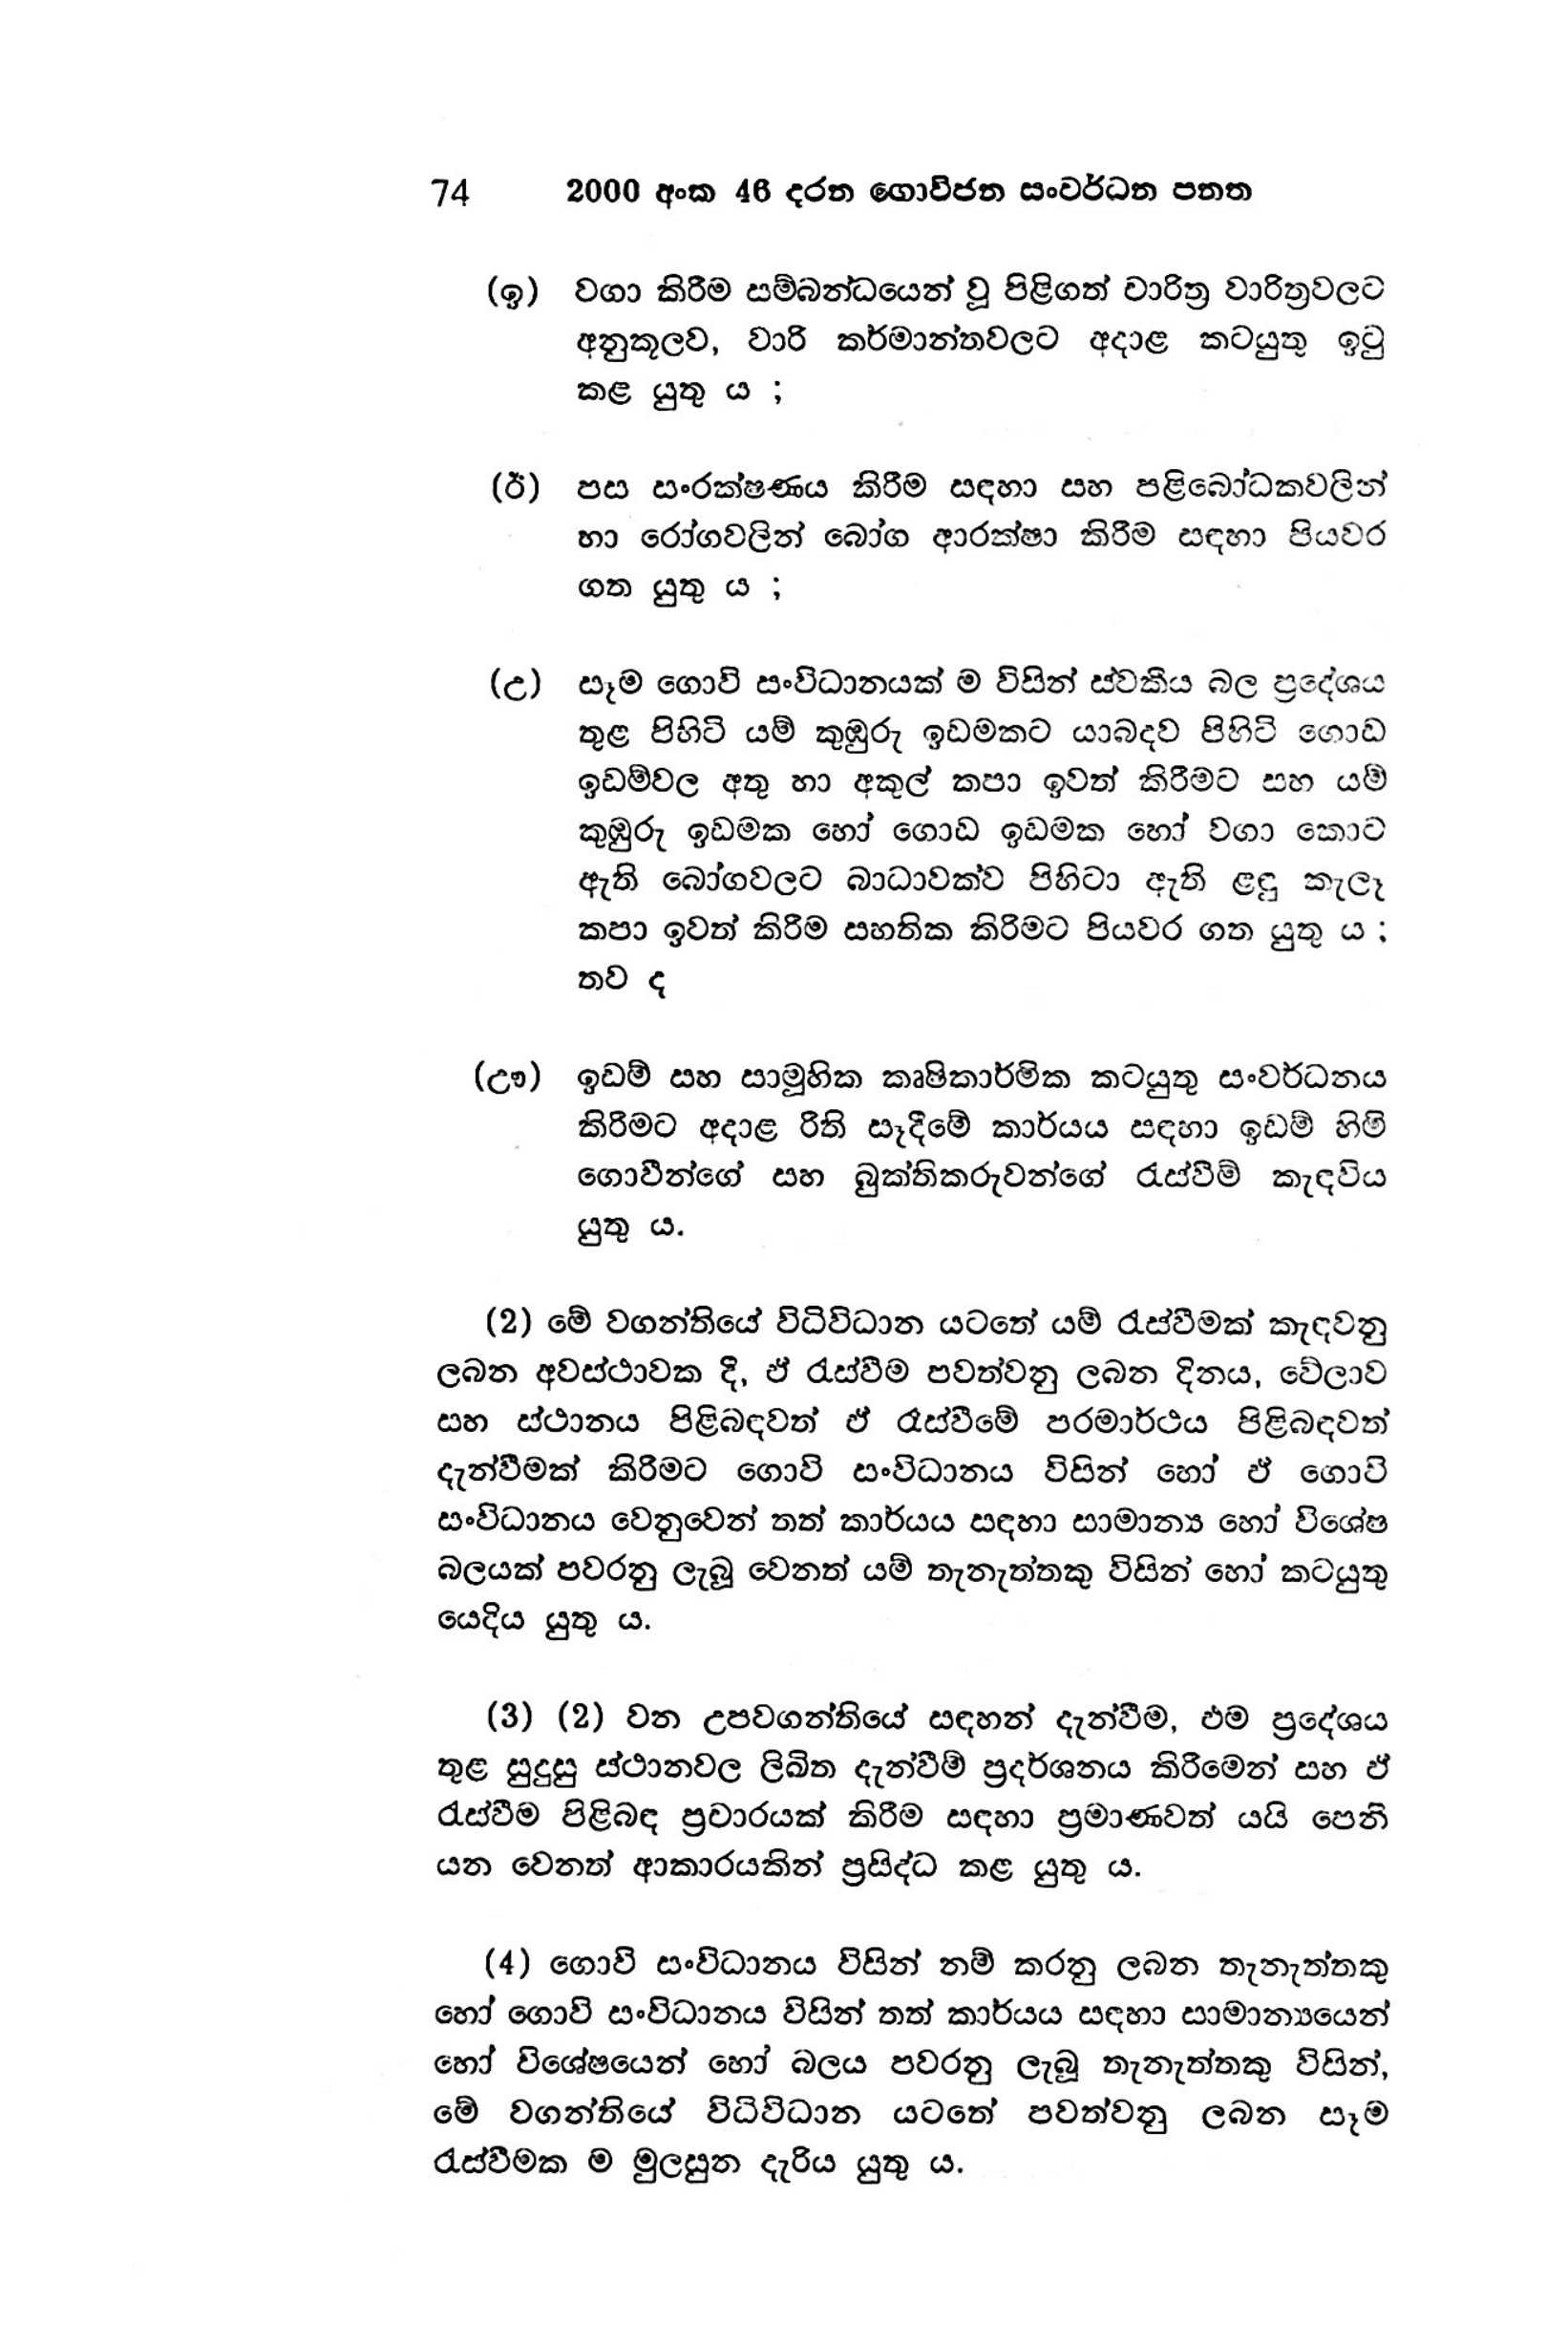
74 2000 අංක 46 දරන ගොවිජන සංවර්ධන පනත

(ඉ) වගා කිරීම සම්බන්ධයෙන් වූ පිළිගත් චාරිත්‍ර වාරිත්‍රවලට
අනුකූලව, වාරි කර්මාන්තවලට අදාළ කටයුතු ඉටු
කළ යුතු ය ;

(ඊ) පස සංරක්ෂණය කිරීම සඳහා සහ පළිබෝධක වලින්
හා රෝගවලින් බෝග ආරක්ෂා කිරීම සඳහා පියවර
ගත යුතු ය ;

(උ) සෑම ගොවි සංවිධානයක් ම විසින් ස්වකීය බල ප්‍රදේශය
තුළ පිහිටි යම් කුඹුරු ඉඩමකට යාබදව පිහිටි ගොඩ
ඉඩම්වල අතු හා අකුල් කපා ඉවත් කිරීමට සහ යම්
කුඹුරු ඉඩමක හෝ ගොඩ ඉඩමක හෝ වගා කොට
ඇති බෝගවලට බාධාවක්ව පිහිටා ඇති ළඳු කැලෑ
කපා ඉවත් කිරීම සහතික කිරිමට පියවර ගත යුතු ය;
තව ද

(ඌ) ඉඩම් සහ සාමූහික කෘෂිකාර්මික කටයුතු සංවර්ධනය
කිරීමට අදාළ රීති සෑදීමේ කාර්යය සඳහා ඉඩම් හිමි
ගොවීන්ගේ සහ බුක්තිකරුවන්ගේ රැස්වීම් කැඳවිය
යුතු ය.

(2) මේ වගන්තියේ විධිවිධාන යටතේ යම් රැස්වීමක් කැඳවනු
ලබන අවස්ථාවක දී, ඒ රැස්වීම පවත්වනු ලබන දිනය, වේලාව
සහ ස්ථානය පිළිබඳවත් ඒ රෑස්වීමේ පරමාර්ථය පිළිබඳවත්
දැන්වීමක් කිරීමට ගොවි සංවිධානය විසින් හෝ ඒ ගොවි
සංවිධානය වෙනුවෙන් තත් කාර්යය සඳහා සාමාන්‍ය හෝ විශේෂ
බලයක් පවරනු ලැබූ වෙනත් යම් තැනැත්තකු විසින් හෝ කටයුතු
යෙදිය යුතු ය.

(3) (2) වන උපවගන්තියේ සඳහන් දැන්වීම, එම ප්‍රදේශය
තුළ සුදුසු ස්ථානවල ලිඛිත දැන්වීම් ප්‍රදර්ශනය කිරීමෙන් සහ ඒ
රැස්වීම පිළිබඳ ප්‍රචාරයක් කිරීම සඳහා ප්‍රමාණවත් යයි පෙනී
යන වෙනත් ආකාරයකින් ප්‍රසිද්ධ කළ යුතු ය.

(4) ගොවි සංවිධානය විසින් නම් කරනු ලබන තැනැත්තකු
හෝ ගොවි සංවිධානය විසින් තත් කාර්යය සඳහා සාමාන්‍යයෙන්
හෝ විශේෂයෙන් හෝ බලය පවරනු ලැබූ තැනැත්තකු විසින්,
මේ වගන්තියේ විධිවිධාන යටතේ පවත්වනු ලබන සෑම
රැස්වීමක ම මුලසුන දැරිය යුතු ය.